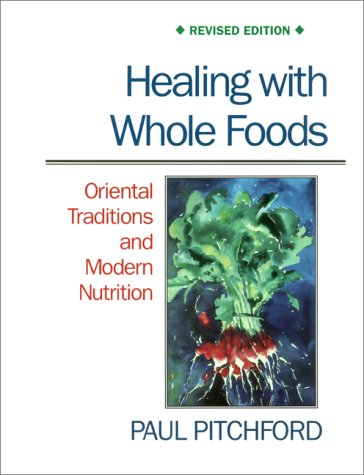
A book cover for Healing With Whole Foods: Oriental Traditions and Modern Nutrition; Paul Pitchford; Cookbooks, Food & Wine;